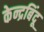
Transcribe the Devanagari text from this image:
केन्द्रबिंदू